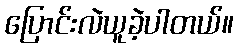
ပြောင်းလဲယူခဲ့ပါတယ်။